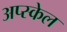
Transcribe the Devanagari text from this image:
अप्स्केल